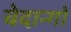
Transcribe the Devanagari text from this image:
वेदान्गों